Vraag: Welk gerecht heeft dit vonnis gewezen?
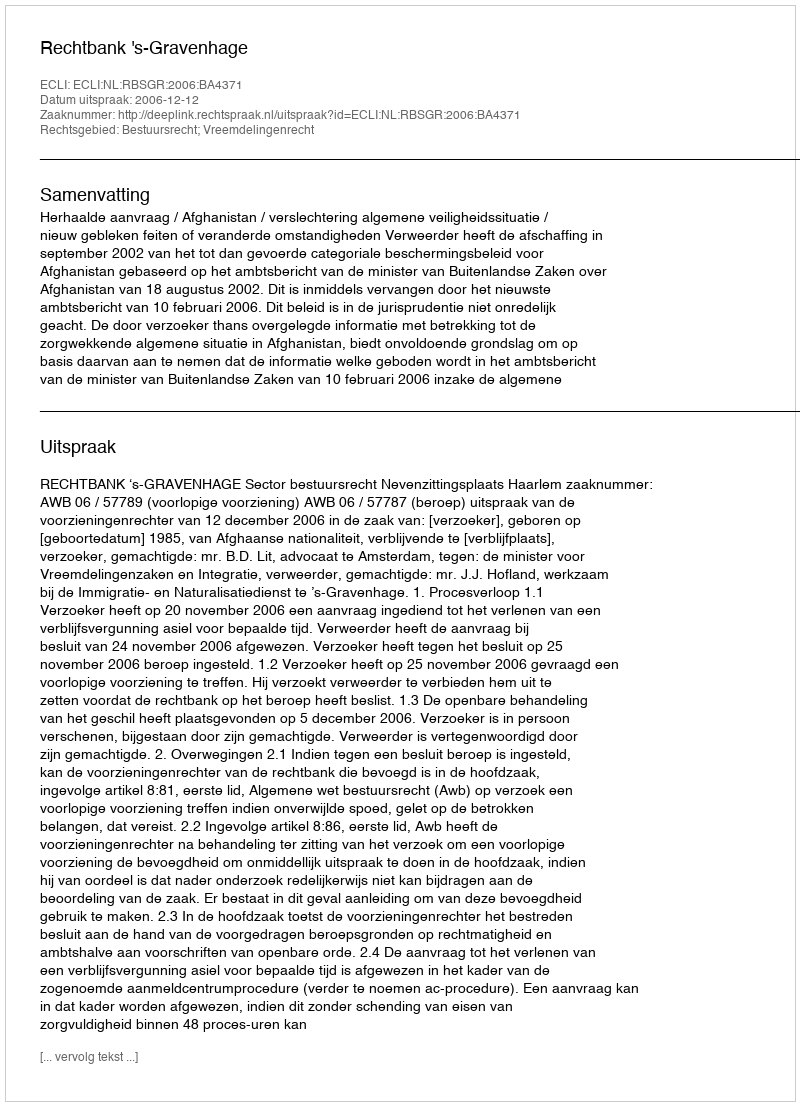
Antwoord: Rechtbank 's-Gravenhage